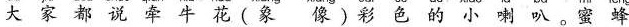
大家都说牵牛花(象像)彩色的小喇叭。蜜蜂